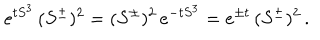
e ^ { t S ^ { 3 } } \, ( S ^ { \pm } ) ^ { 2 } = ( S ^ { \pm } ) ^ { 2 } \, e ^ { - t S ^ { 3 } } = e ^ { \pm t } \, ( S ^ { \pm } ) ^ { 2 } \, .